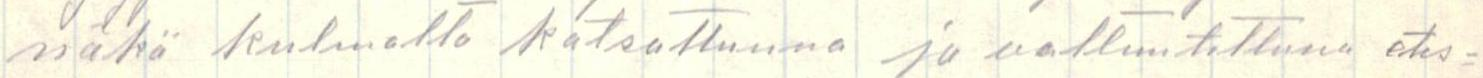
näkö kulmalta katsottunna ja valtuutettuna etus=